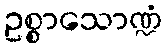
ဥစ္စာသောဏ္ဍံ